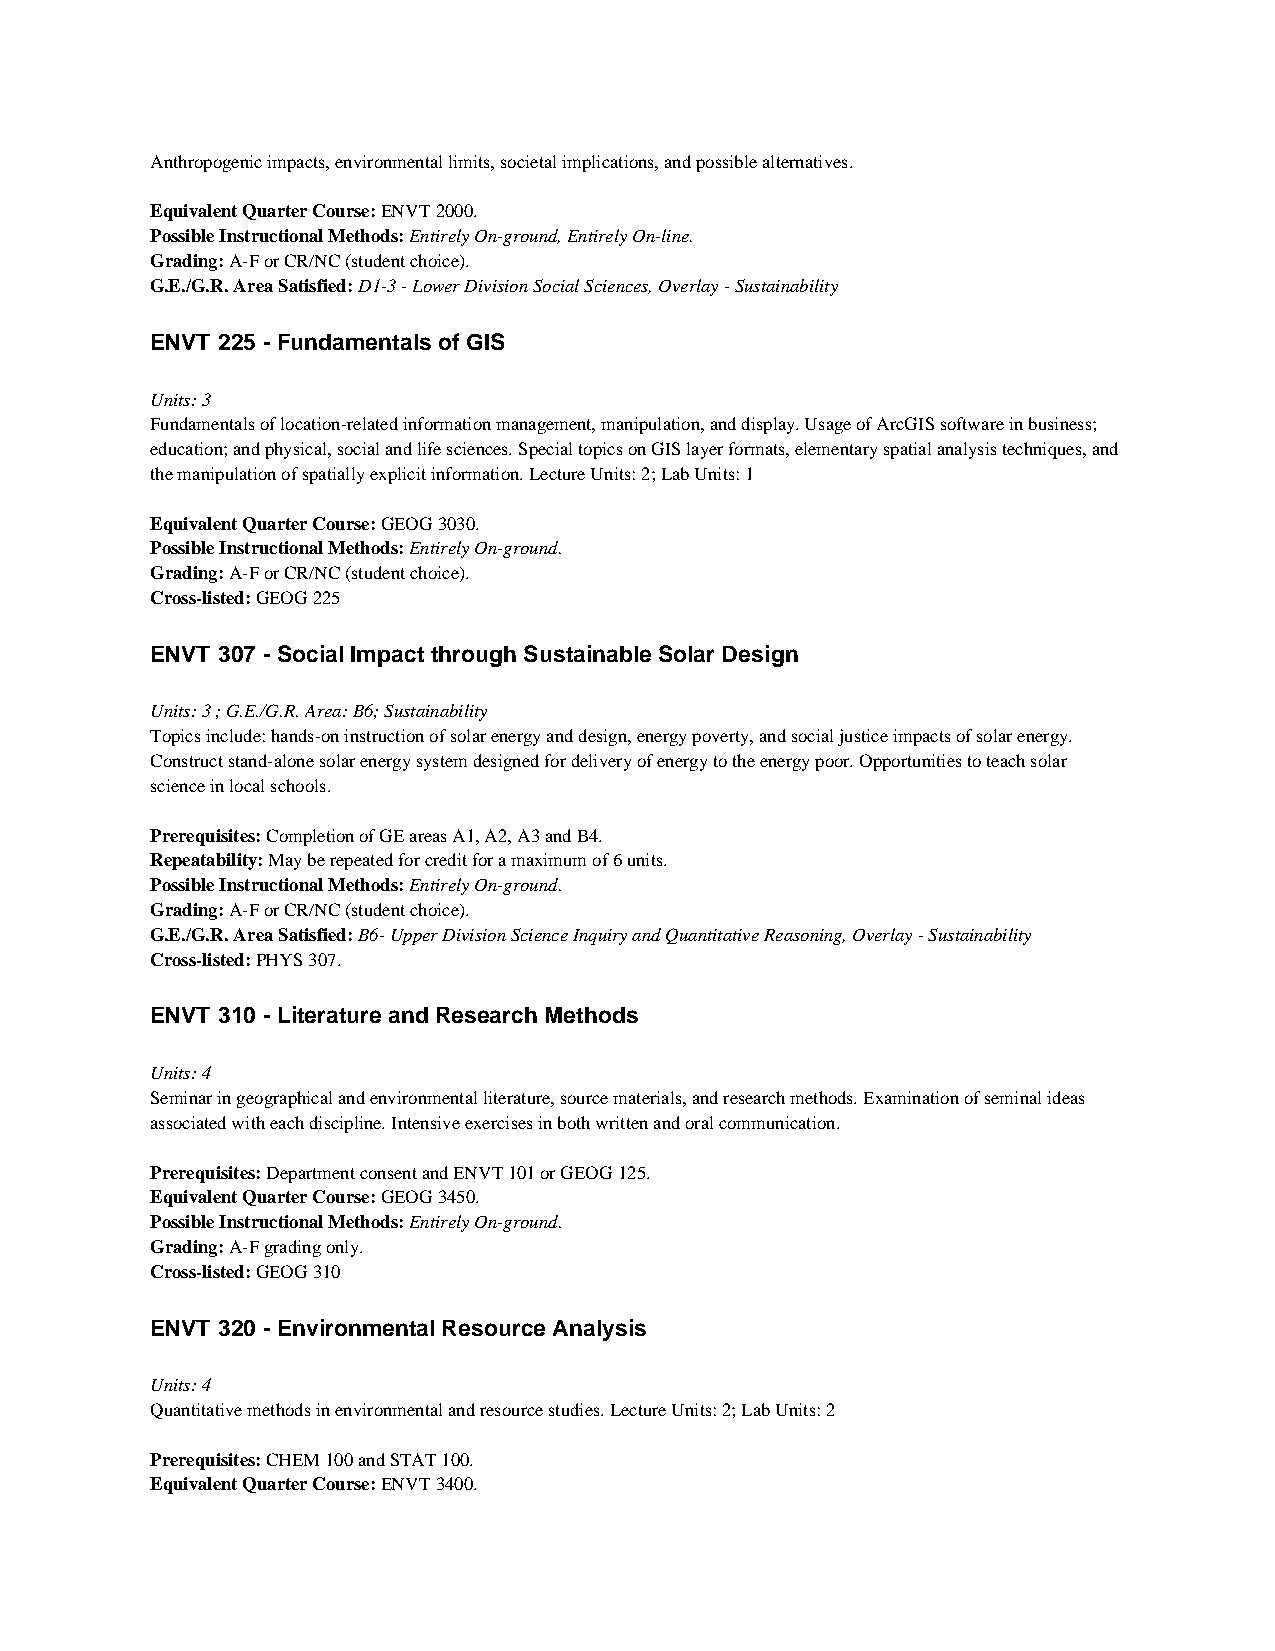
Anthropogenic impacts, environmental limits, societal implications, and possible alternatives.
 Equivalent Quarter Course: ENVT 2000.
 Possible Instructional Methods: Entirely On-ground, Entirely On-line.
 Grading: A-F or CR/NC (student choice).
 G.E./G.R. Area Satisfied: D1-3 - Lower Division Social Sciences, Overlay - Sustainability
 ENVT 225 - Fundamentals of GIS
 Units: 3
 Fundamentals of location-related information management, manipulation, and display. Usage of ArcGIS software in business;
 education; and physical, social and life sciences. Special topics on GIS layer formats, elementary spatial analysis techniques, and
 the manipulation of spatially explicit information. Lecture Units: 2; Lab Units: 1
 Equivalent Quarter Course: GEOG 3030.
 Possible Instructional Methods: Entirely On-ground.
 Grading: A-F or CR/NC (student choice).
 Cross-listed: GEOG 225
 ENVT 307 - Social Impact through Sustainable Solar Design
 Units: 3 ; G.E./G.R. Area: B6; Sustainability
 Topics include: hands-on instruction of solar energy and design, energy poverty, and social justice impacts of solar energy.
 Construct stand-alone solar energy system designed for delivery of energy to the energy poor. Opportunities to teach solar
 science in local schools.
 Prerequisites: Completion of GE areas A1, A2, A3 and B4.
 Repeatability: May be repeated for credit for a maximum of 6 units.
 Possible Instructional Methods: Entirely On-ground.
 Grading: A-F or CR/NC (student choice).
 G.E./G.R. Area Satisfied: B6- Upper Division Science Inquiry and Quantitative Reasoning, Overlay - Sustainability
 Cross-listed: PHYS 307.
 ENVT 310 - Literature and Research Methods
 Units: 4
 Seminar in geographical and environmental literature, source materials, and research methods. Examination of seminal ideas
 associated with each discipline. Intensive exercises in both written and oral communication.
 Prerequisites: Department consent and ENVT 101 or GEOG 125.
 Equivalent Quarter Course: GEOG 3450.
 Possible Instructional Methods: Entirely On-ground.
 Grading: A-F grading only.
 Cross-listed: GEOG 310
 ENVT 320 - Environmental Resource Analysis
 Units: 4
 Quantitative methods in environmental and resource studies. Lecture Units: 2; Lab Units: 2
 Prerequisites: CHEM 100 and STAT 100.
 Equivalent Quarter Course: ENVT 3400.